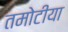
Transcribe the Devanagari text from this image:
तमोटीया